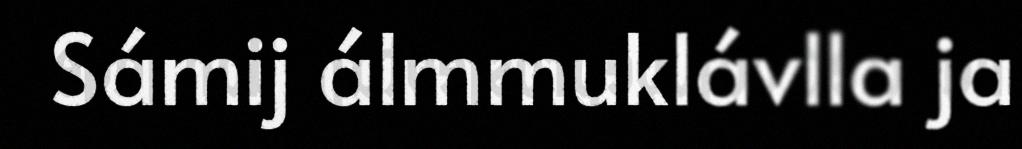
Sámij álmmuklávlla ja